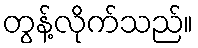
တွန့်လိုက်သည်။